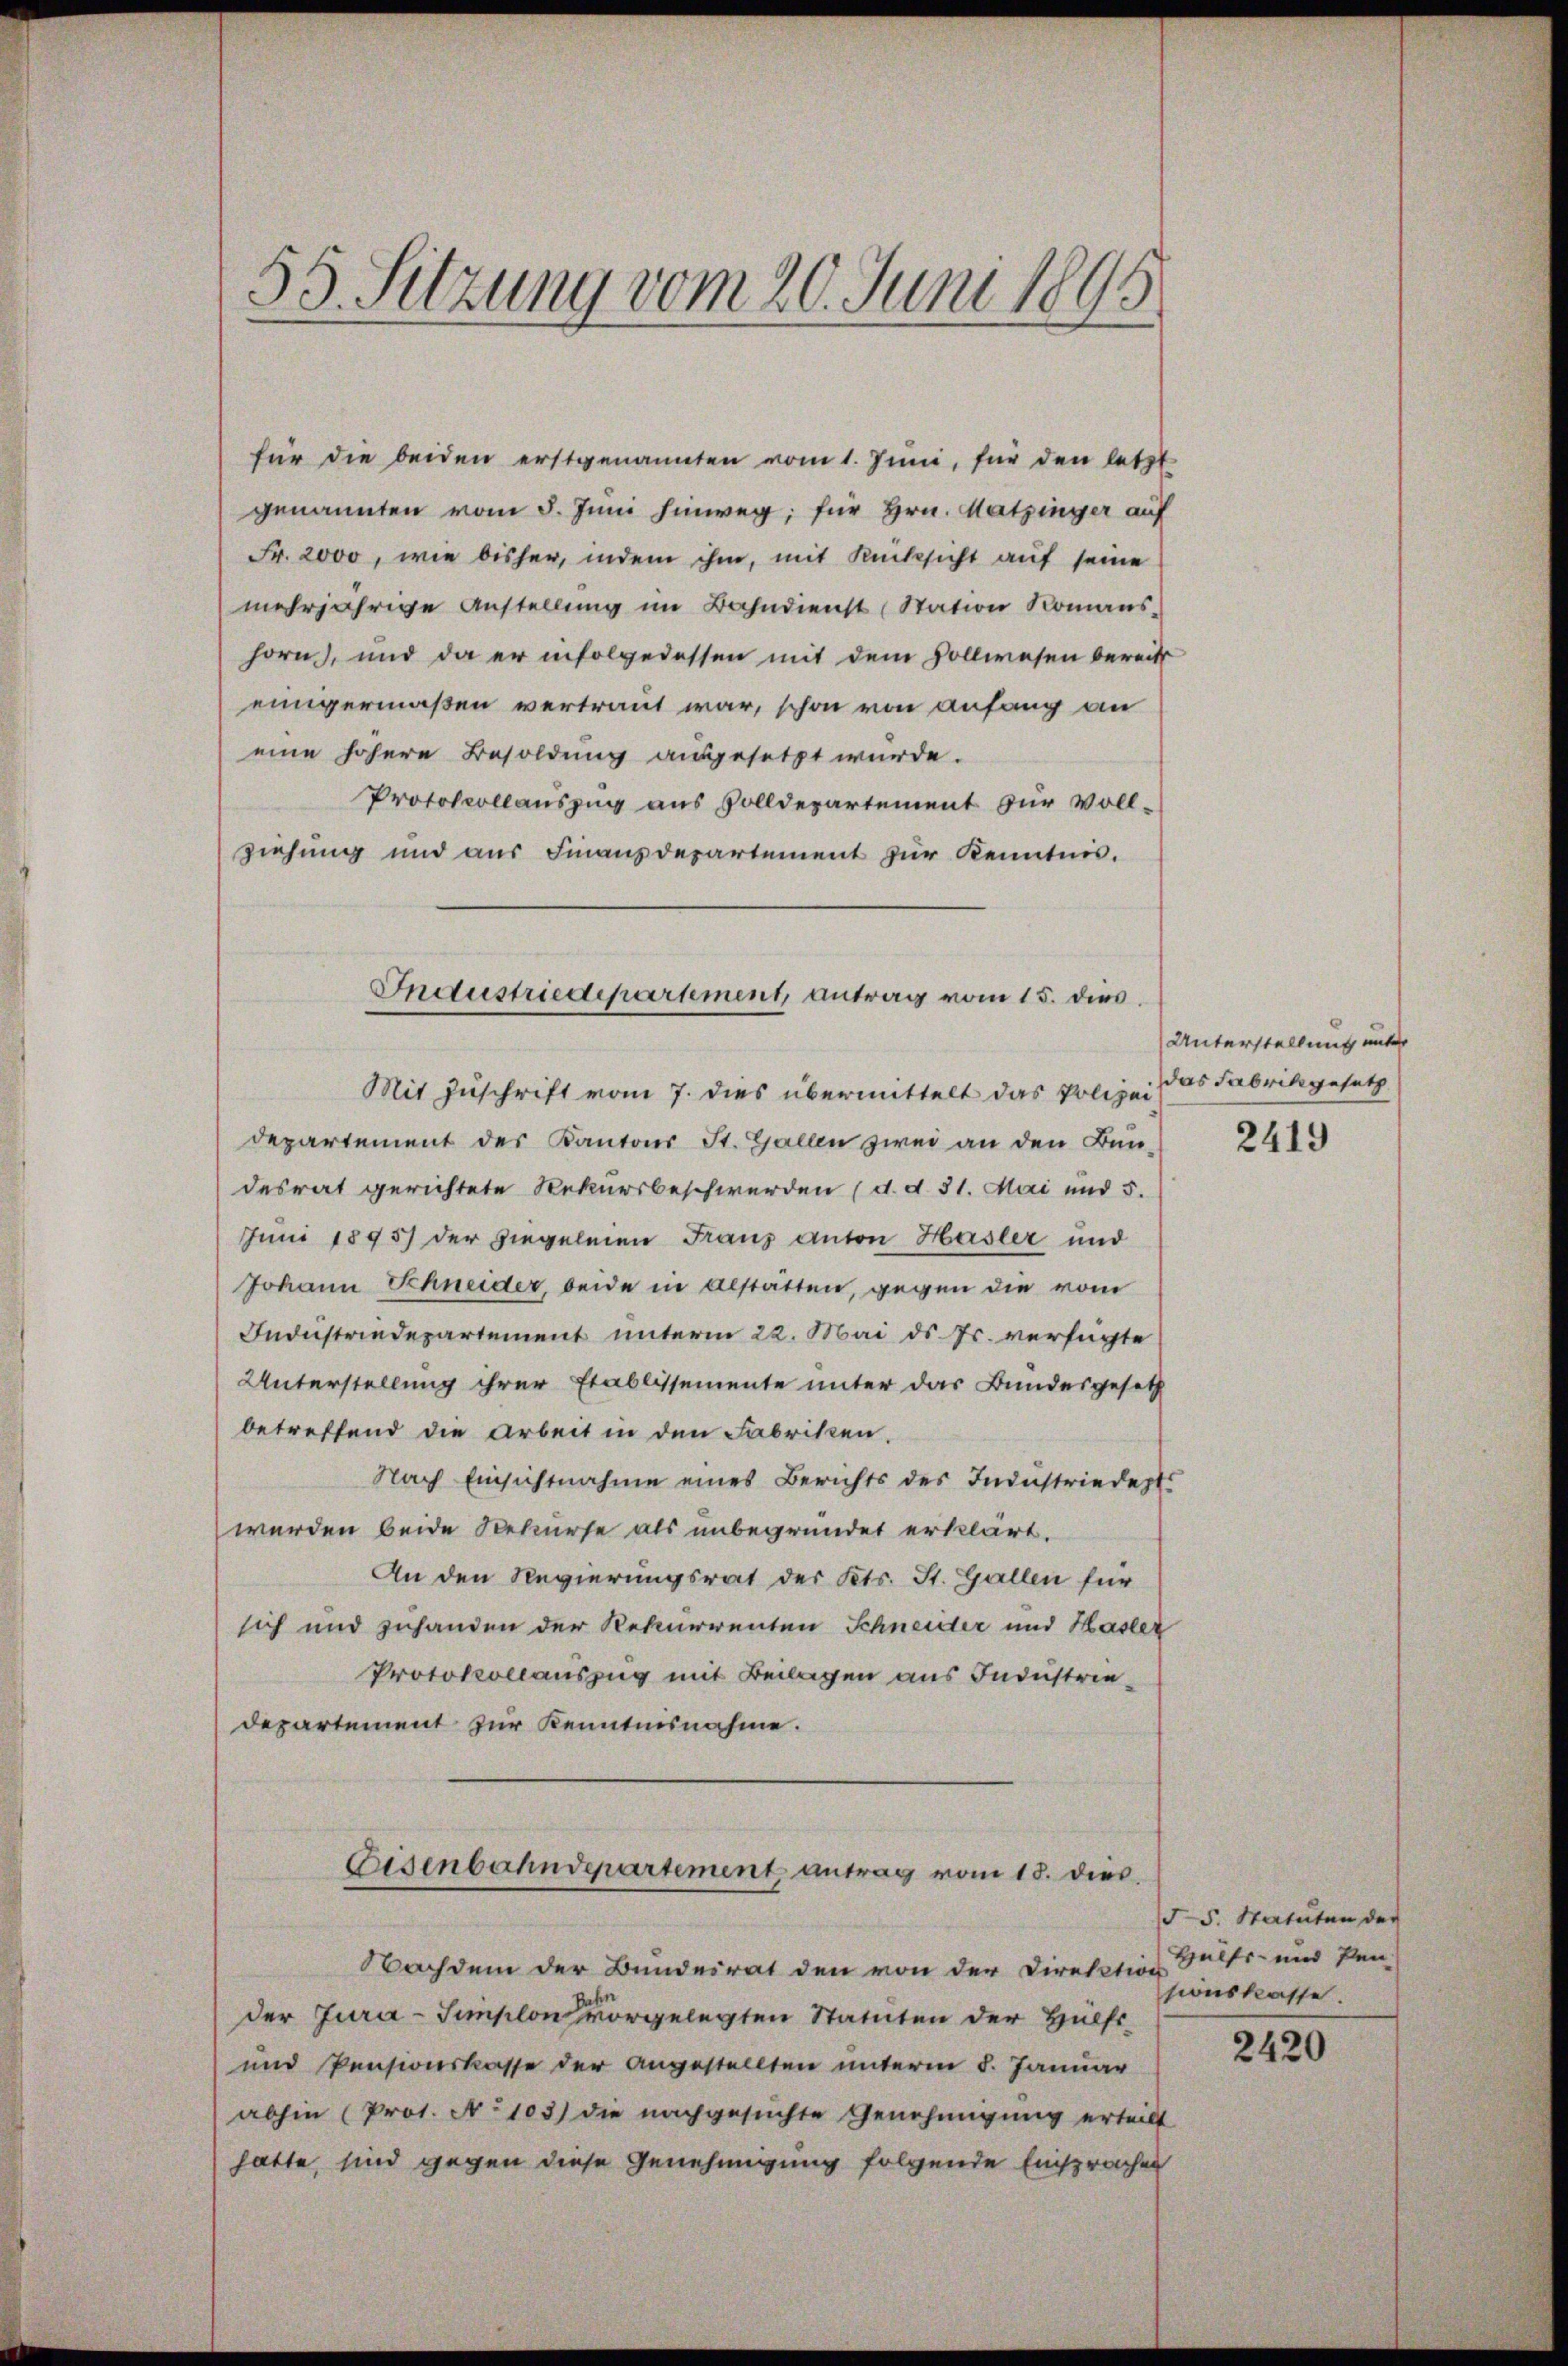
55. Sitzung vom 20. Juni 1895

für die beiden erstgenannten vom 1. Juni, für den letzt
genannten vom 8. Juni hinweg; für Hrn. Hatzinger auf
Fr. 2000, wie bisher, indem ihm, mit Rücksicht auf seine
mehrjährige Anstellŭng im Bahndienst (Station Romans-
horn, und da er infolgedessen mit dem Vollwesen bereits
einigermaßen vertraut war, schon von anfang an
eine höhere Besoldung ausgesetzt wurde.
Protokollauszug aus Solldepartement für voll-
ziehung und aus Finanzdepartement zur Kenntnis.
departement des Kantons St. Gallen zwei an den Bun-
desrat gerichtete Rekursbeschwerden (d. d. 31. Mai und 5.
Juni 1895 der hiegeleien Franz anton Hasler und
Johann Schneider, beide in alstätten, gegen die vom
Industrindepartement unterm 22. Mai d. Js. verfügte
Unterstellung ihrer Etablissemente unter das Bundesgesetz
betreffend die Arbeit in den Fabriken.
Nach Einsichtnahme eines Berichts des Industriedept
werden beide Rekurse als unbegründet erklärt.
An den Regierungsrat des Kts. St. Gallen für
sich und zuhanden der Rekurrenten Schneider und Hasler
Protokollauszug mit Beilagen aus Industriedepartement zur Kenntnisnahme.
Eisenbahnderartement antrag vom 13. dies
Nachdem der Bundeirat den von der Direktion
der Jura-Simplon vorgelegten Statuten der Hülfs¬
und Pensionskasse der angestellten unterm 8. Januar
abhin (Prot. No 103) die nachgesŭchte Genehmigung erteilt
hatte, sind gegen diese Genehmigung folgende Einsprachen

Industriedepartement, antrag vom 15. dies
Mit Zuschrift vom 7. dies übermittelt das Polizei

Unterstellung unter
das Fabrikgesetz

2419

(55. Statuten der
Hülfs- und den
sionskasse.

2420